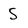
Character: 5